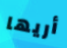
أريها